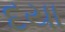
દયા